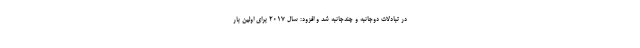
در تبادلات دوجانبه و چندجانبه شد و افزود: سال ۲۰۱۷ برای اولین بار